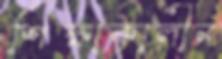
শিক্ষাকালীন